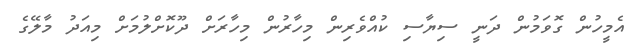
އެމީހުން ގޮވަމުން ދަނީ ސިޔާސި ކުއްވެރިން މިހާރުން މިހާރަށް ދޫކޮށްލުމަށް މިއަދު މާލޭގެ